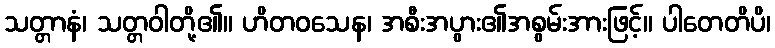
သတ္တာနံ၊ သတ္တဝါတို့၏။ ဟိတဝသေန၊ အစီးအပွား၏အစွမ်းအားဖြင့်။ ပါတေတိပိ၊